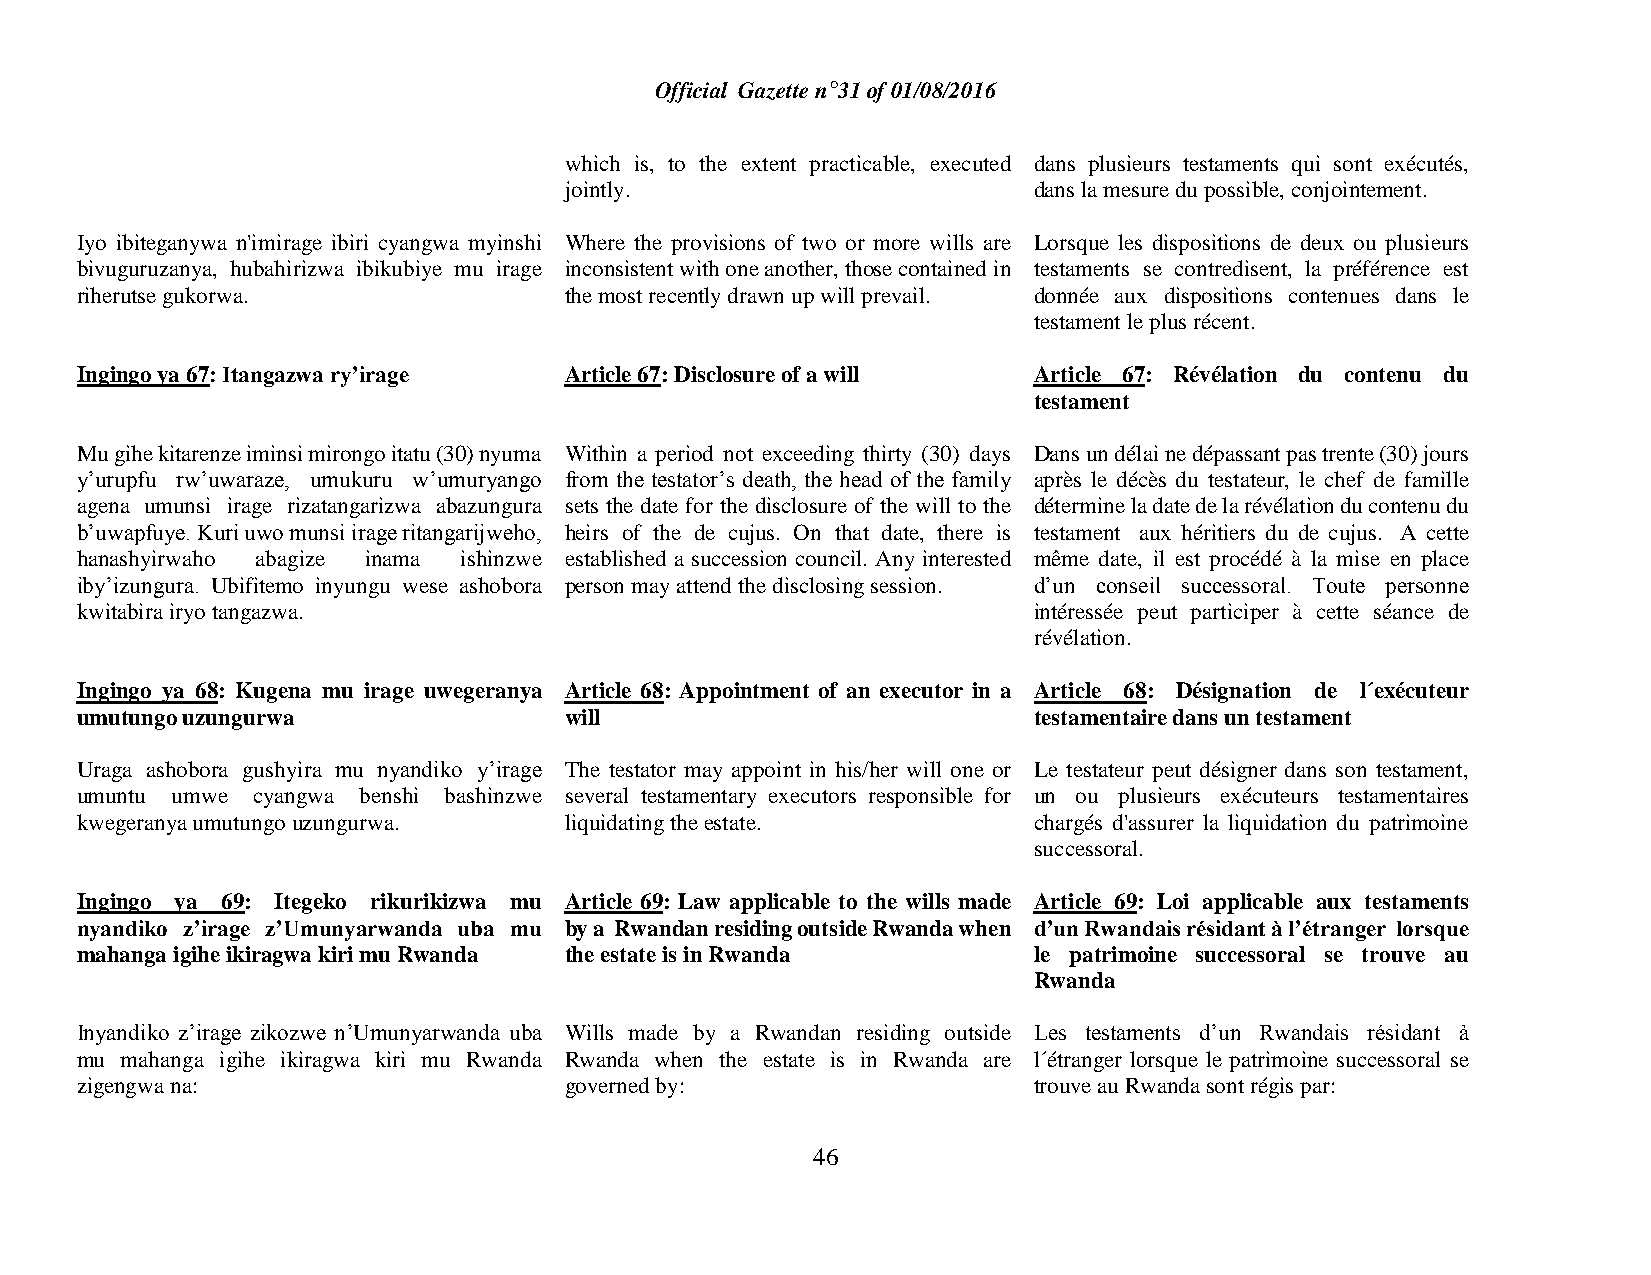
Official Gazette n°31 of 01/08/2016
 which is, to the extent practicable, executed dans plusieurs testaments qui sont exécutés,
 jointly.                       dans la mesure du possible, conjointement.
 Iyo ibiteganywa n'imirage ibiri cyangwa myinshi Where the provisions of two or more wills are Lorsque les dispositions de deux ou plusieurs
 bivuguruzanya, hubahirizwa ibikubiye mu irage inconsistent with one another, those contained in testaments se contredisent, la préférence est
 riherutse gukorwa.              the most recently drawn up will prevail. donnée aux dispositions contenues dans le
 testament le plus récent.
 Ingingo ya 67: Itangazwa ry’irage Article 67: Disclosure of a will Article 67: Révélation du contenu du
 testament
 Mu gihe kitarenze iminsi mirongo itatu (30) nyuma Within a period not exceeding thirty (30) days Dans un délai ne dépassant pas trente (30) jours
 y’urupfu rw’uwaraze, umukuru w’umuryango from the testator’s death, the head of the family après le décès du testateur, le chef de famille
 agena umunsi irage rizatangarizwa abazungura sets the date for the disclosure of the will to the détermine la date de la révélation du contenu du
 b’uwapfuye. Kuri uwo munsi irage ritangarijweho, heirs of the de cujus. On that date, there is testament aux héritiers du de cujus. A cette
 hanashyirwaho abagize inama ishinzwe established a succession council. Any interested même date, il est procédé à la mise en place
 iby’izungura. Ubifitemo inyungu wese ashobora person may attend the disclosing session. d’un conseil successoral. Toute personne
 kwitabira iryo tangazwa.                                       intéressée peut participer à cette séance de
 révélation.
 Ingingo ya 68: Kugena mu irage uwegeranya Article 68: Appointment of an executor in a Article 68: Désignation de l´exécuteur
 umutungo uzungurwa              will                           testamentaire dans un testament
 Uraga ashobora gushyira mu nyandiko y’irage The testator may appoint in his/her will one or Le testateur peut désigner dans son testament,
 umuntu umwe cyangwa benshi bashinzwe several testamentary executors responsible for un ou plusieurs exécuteurs testamentaires
 kwegeranya umutungo uzungurwa.  liquidating the estate.        chargés d'assurer la liquidation du patrimoine
 successoral.
 Ingingo ya 69: Itegeko rikurikizwa mu Article 69: Law applicable to the wills made Article 69: Loi applicable aux testaments
 nyandiko z’irage z’Umunyarwanda uba mu by a Rwandan residing outside Rwanda when d’un Rwandais résidant à l’étranger lorsque
 mahanga igihe ikiragwa kiri mu Rwanda the estate is in Rwanda  le patrimoine successoral se trouve au
 Rwanda
 Inyandiko z’irage zikozwe n’Umunyarwanda uba Wills made by a Rwandan residing outside Les testaments d’un Rwandais résidant à
 mu mahanga igihe ikiragwa kiri mu Rwanda Rwanda when the estate is in Rwanda are l´étranger lorsque le patrimoine successoral se
 zigengwa na:                    governed by:                   trouve au Rwanda sont régis par:
 46